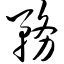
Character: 务